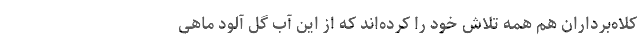
کلاه‌برداران هم همه تلاش خود را کرده‌اند که از این آب گل آلود ماهی